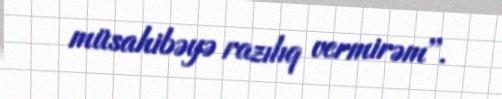
müsahibəyə razılıq vermirəm''.